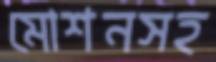
মোশনসহ